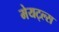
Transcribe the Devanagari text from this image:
मेयट्ल्स